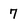
Character: 7